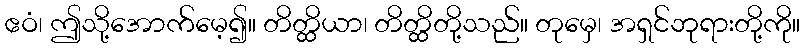
ဧဝံ၊ ဤသို့အောက်မေ့၍။ တိတ္ထိယာ၊ တိတ္ထိတို့သည်။ တုမှေ၊ အရှင်ဘုရားတို့ကို။